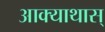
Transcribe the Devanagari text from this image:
आक्याथास्